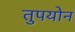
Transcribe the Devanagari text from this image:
तुपयोन